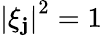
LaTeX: \left|\xi_{\mathbf{j}}\right|^{2}=1